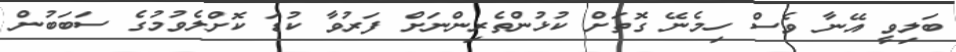
ބަލިވީ އޭނާ ވެސް ހިމެނޭ ގޮތަށް ކުޅުންތެރިންނަށް ފަރުވާ ކުޑަ ކޮށްލެވުމުގެ ސަބަބުން